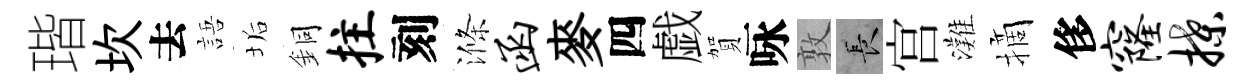
瑎坎去語垢銅拄刻滌函麥四戯賀咏敦长宫灘摘侈窿揲